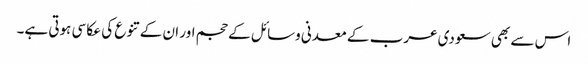
اس سے بھی سعودی عرب کے معدنی وسائل کے حجم اور ان کے تنوع کی عکاسی ہوتی ہے۔